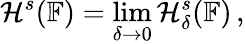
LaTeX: {\cal H}^{s}(\mathbb{F})=\operatorname*{lim}_{\delta\rightarrow 0}{\cal H}_{\delta}^{s}(\mathbb{F})\, ,